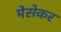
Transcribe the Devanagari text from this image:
मेसेकर